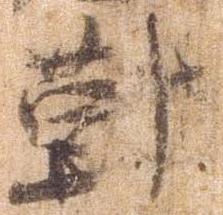
対